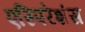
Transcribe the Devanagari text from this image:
एस्पिरेशंस